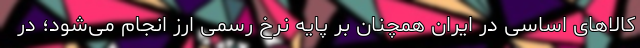
کالاهای اساسی در ایران همچنان بر پایه نرخ رسمی ارز انجام می‌شود؛ در